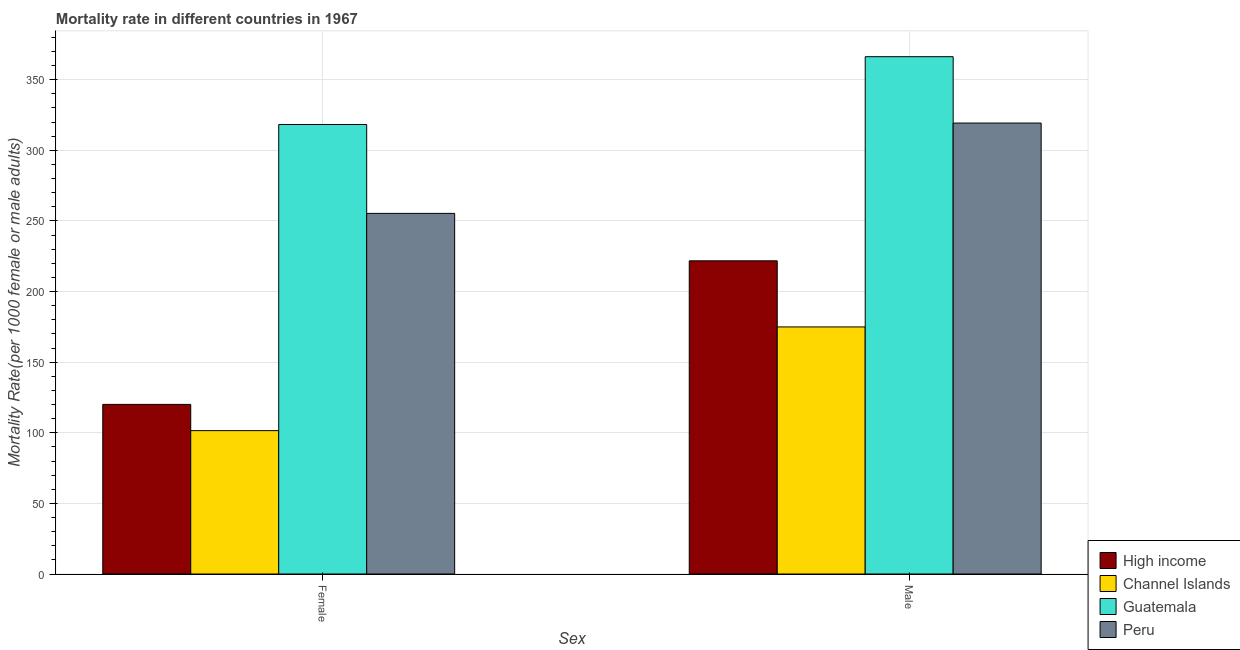
| Sex | High income | Channel Islands | Guatemala | Peru |
 | --- | --- | --- | --- | --- |
 | Female | 120 | 102 | 318 | 255 |
 | Male | 222 | 175 | 366 | 319 |